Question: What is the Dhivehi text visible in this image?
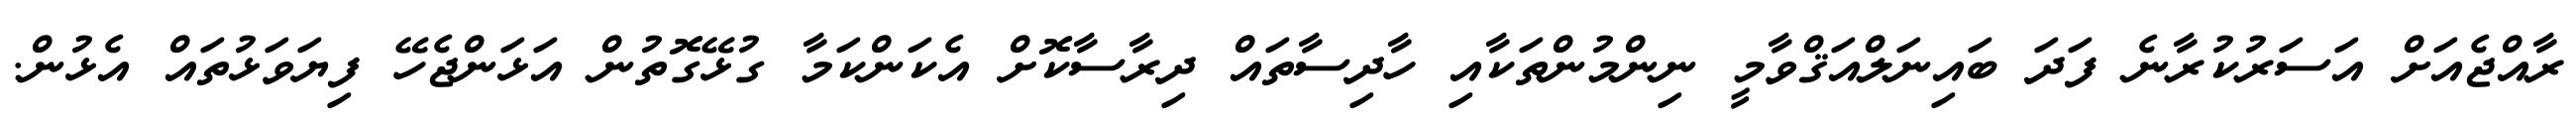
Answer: ރާއްޖެއަށް އަސަރުކުރާނެ ފަދަ ބައިނަލްއަޤްވާމީ ނިންމުންތަކާއި ހާދިސާތައް ދިރާސާކޮށް އެކަންކަމާ ގުޅޭގޮތުން އަޅަންޖެހޭ ފިޔަވަޅުތައް އެޅުން.